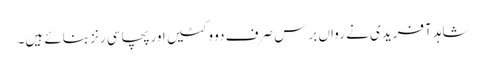
شاہد آفریدی نے رواں برس صرف دو وکٹیں اور پچاسی رنز بنائے ہیں۔